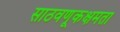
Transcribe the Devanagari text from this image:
साठवणूकक्षमता